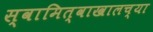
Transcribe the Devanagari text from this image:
स्वामित्वाखालच्या